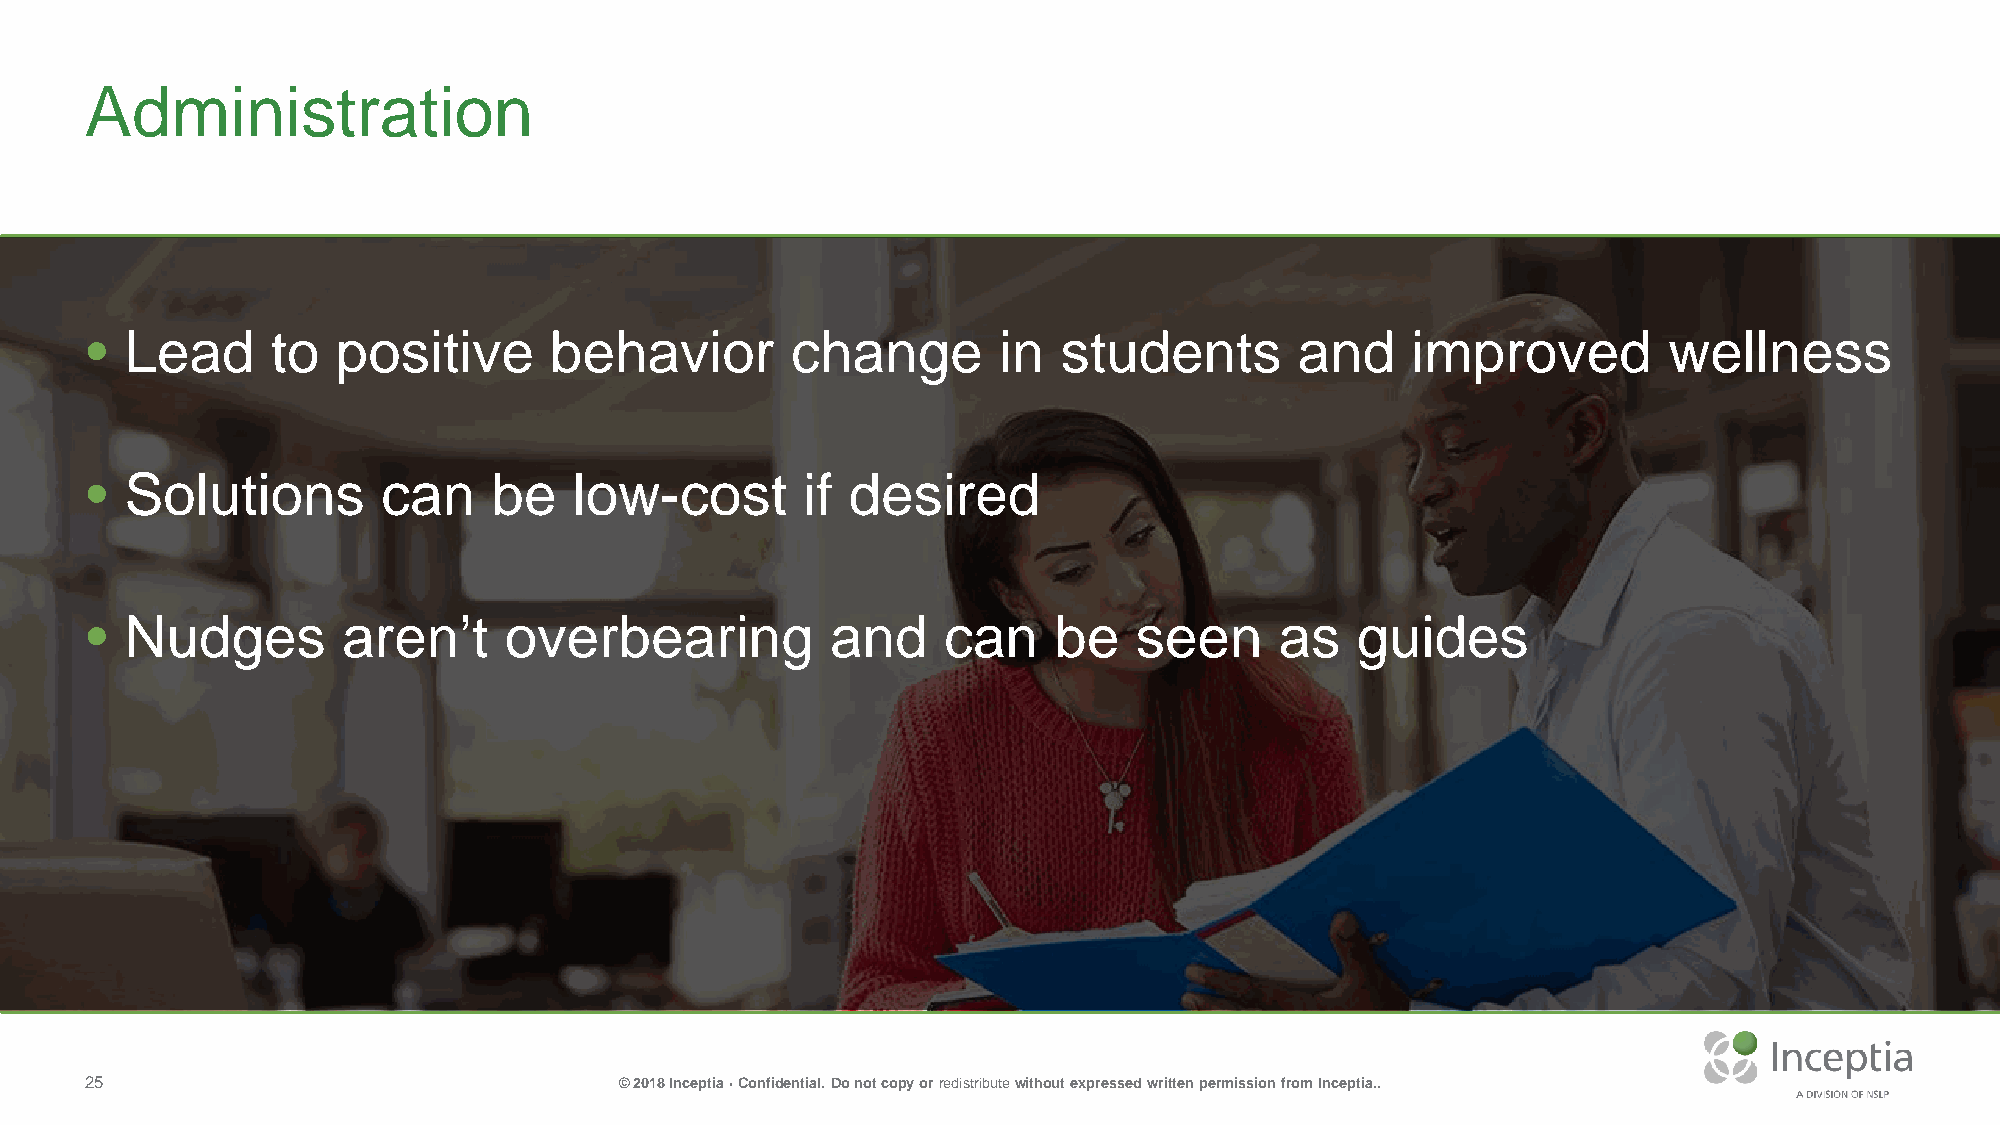
Administration
 • Lead      to  positive      behavior        change        in  students        and    improved         wellness
 • Solutions        can     be   low-cost       if desired
 • Nudges         aren’t    overbearing           and    can     be   seen      as   guides
 25                                 © 2018 Inceptia · Confidential. Do not copy or redistributewithout expressed written permission from Inceptia..